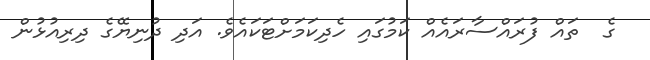
ގެ  ތައް ފުރައްސާރައެއް ކަމުގައި ހެދިކަމަށްޓަކައެވެ. އަދި ދުނިޔޭގެ ދިރިއުޅުން